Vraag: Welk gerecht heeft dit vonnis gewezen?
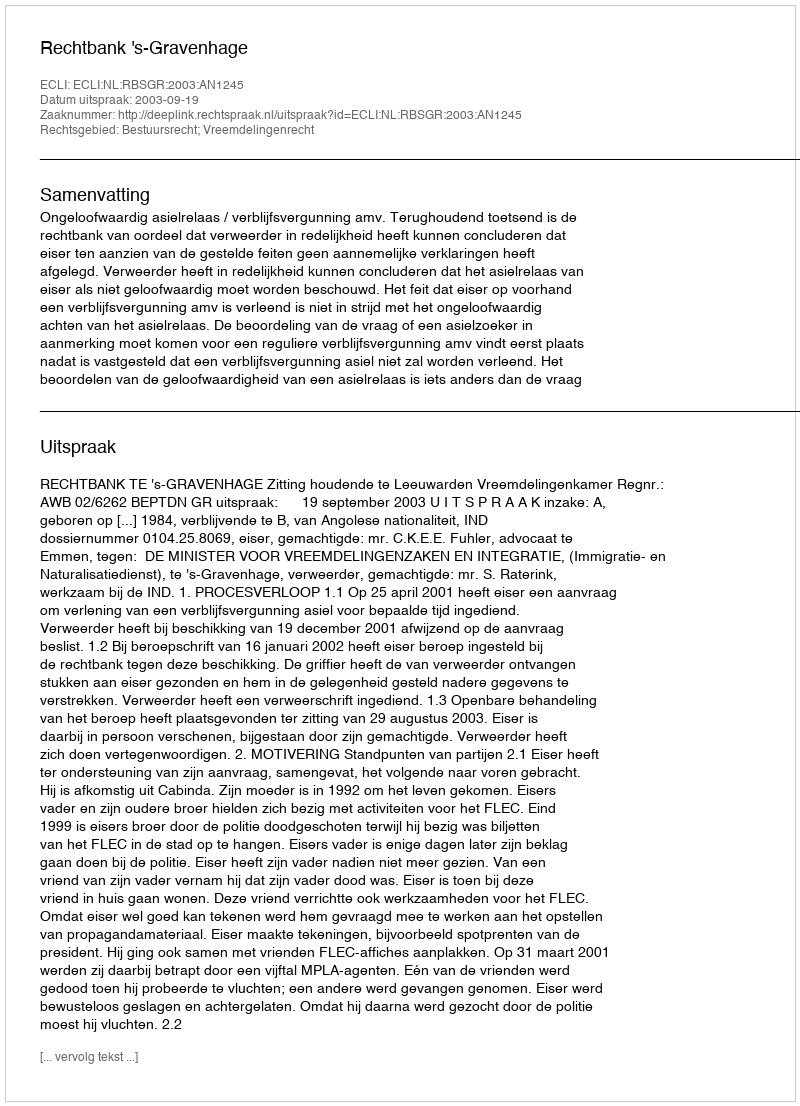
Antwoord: Rechtbank 's-Gravenhage